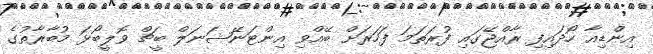
އިންޑިއާ ހޯދައިފި ރާއްޖޭގައި ފުރަތަމަ ފަހަރަށް ބޭއްވި އިންޓަނޭޝަނަލް ބީޗް ވޮލީބޯޅަ މުބާރާތުގެ